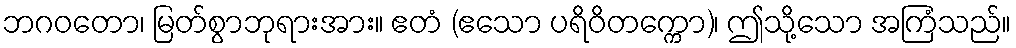
ဘဂဝတော၊ မြတ်စွာဘုရားအား။ ဧတံ (ဧသော ပရိဝိတက္ကော)၊ ဤသို့သော အကြံသည်။